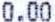
0.00